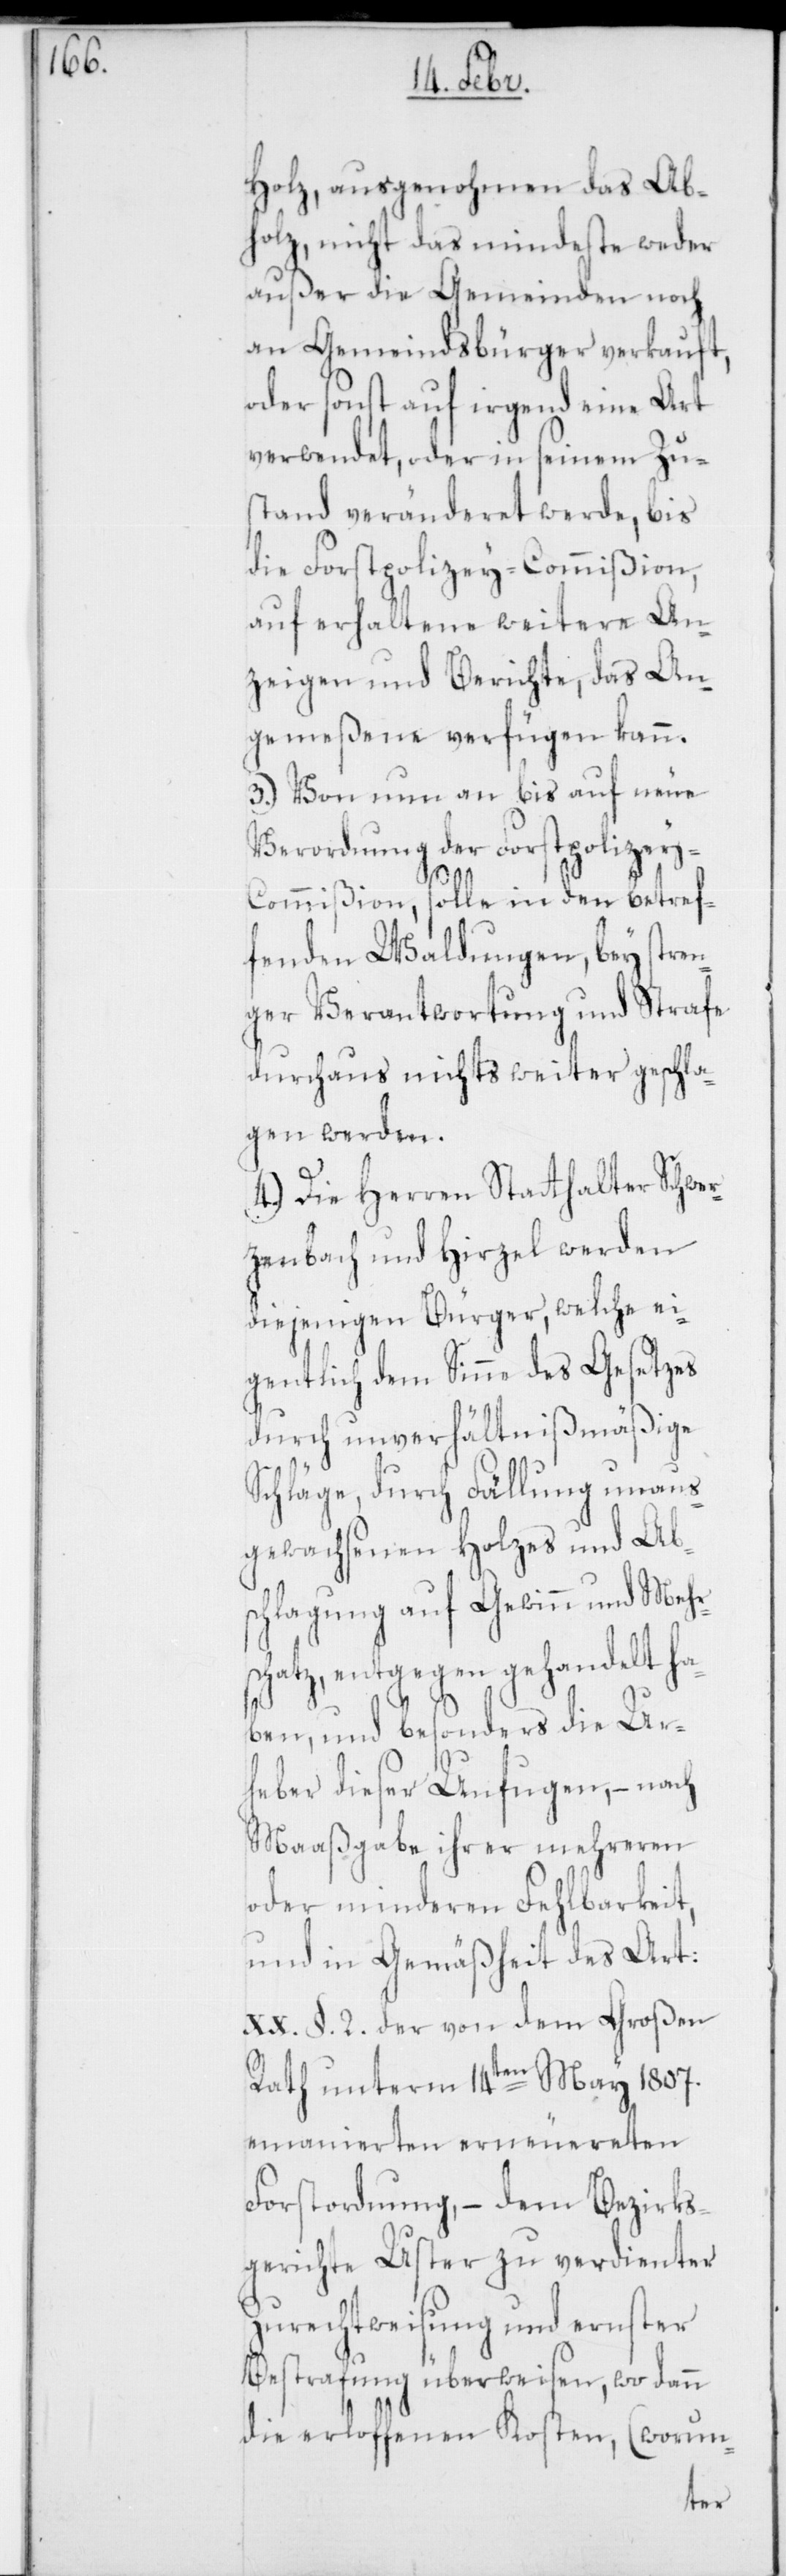
Holz, ausgenohmen das Ab¬
holz, nicht das Mindeste weder
außer die Gemeinden noch
an Gemeindsbürger verkauft,
oder sonst auf irgend eine Art
verwendet, oder in seinem Zu¬
stand veränderet werde, bis
die Forstpolizey-Commißion,
auf erhaltene weitere An¬
zeigen und Berichte, das An¬
gemeßene verfügen kann.
3.) Von nun an bis auf neue
Verordnung der Forstpolizey-C¬
ommißion, solle in den betref¬
fenden Waldungen, bey stren¬
ger Verantwortung und Strafe
durchaus nichts weiter geschla¬
gen werden.
4.) Die Herren Statthalter Schwer¬
zenbach und Hirzel werden
diejenigen Bürger, welche ei¬
gentlich dem Sinne des Gesetzes
durch unverhältnißmäßige
Schläge, durch Fällung unaus¬
gewachsenen Holzes und Ab¬
schlagung auf Gewinn und Mehr¬
schatz, entgegen gehandelt ha¬
ben, und besonders die Ur¬
heber dieser Unfugen, – nach
Maaßgabe ihrer mehreren
oder minderen Fehlbarkeit,
und in Gemäßheit des Art:
XX. §. 2. der von dem Großen
Rath unterm 14ten May 1807.
emanierten erneuereten
Forstordnung, – dem Bezirks¬
gerichte Uster zu verdienter
Zurechtweisung und ernster
Bestrafung überweisen, wo dann
die erloffenen Kosten, (worun-